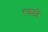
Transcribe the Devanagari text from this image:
रक्तादि